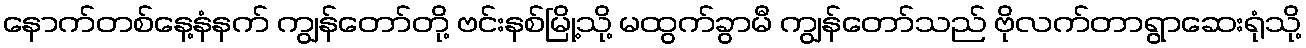
နောက်တစ်နေ့နံနက် ကျွန်တော်တို့ ဗင်းနစ်မြို့သို့ မထွက်ခွာမီ ကျွန်တော်သည် ဗိုလက်တာရွာဆေးရုံသို့